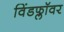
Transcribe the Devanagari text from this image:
विंडफ्लॉवर